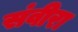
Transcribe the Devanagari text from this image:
संवीरा